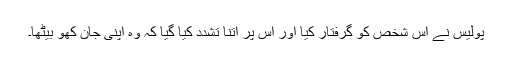
پولیس نے اس شخص کو گرفتار کیا اور اس پر اتنا تشدد کیا گیا کہ وہ اپنی جان کھو بیٹھا۔